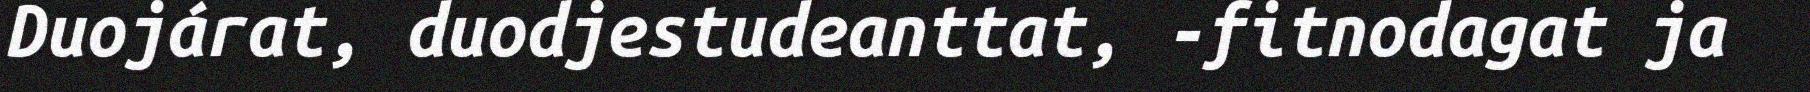
Duojárat, duodjestudeanttat, -fitnodagat ja